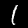
Digit: 1